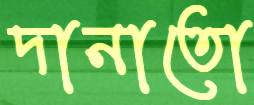
দানাতো